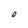
Character: O